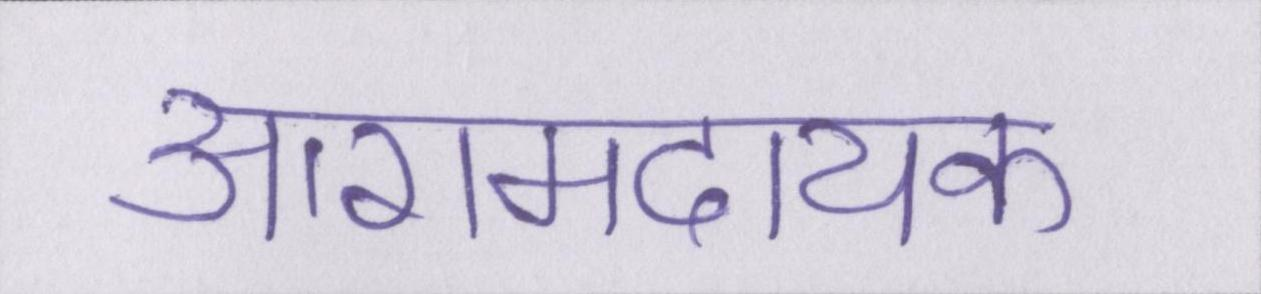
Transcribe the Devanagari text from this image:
आरामदायक